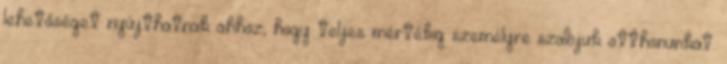
lehetőséget nyújthatnak ahhoz, hogy teljes mértékig személyre szabjuk otthonunkat.